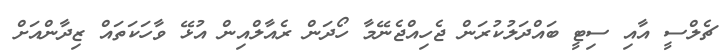
ޗެލްސީ އާއި ސިޓީ ބައްދަލުކުރަން ޖެހިއްޖެނޭމާ ހޯދަން ރެއާލްއިން އުޅޭ ވާހަކަތައް ޒިދާންއަށް